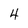
Character: 4